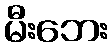
မီးဘေး